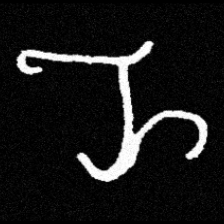
Pyu character \u2014 Myanmar letter: ည (romanized: nya)